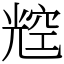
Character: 䆪